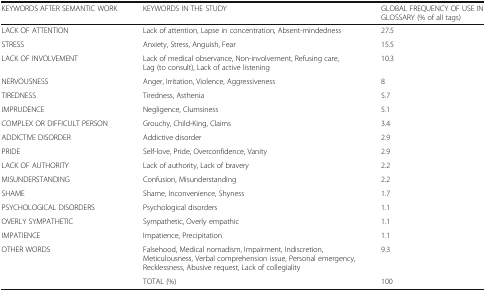
| KEYWORDS AFTER SEMANTIC WORK | KEYWORDS IN THE STUDY | GLOBAL FREQUENCY OF USE IN GLOSSARY (% of all tags) |
 | --- | --- | --- |
 | LACK OF ATTENTION | Lack of attention, Lapse in concentration, Absent-mindedness | 27.5 |
 | STRESS | Anxiety, Stress, Anguish, Fear | 15.5 |
 | LACK OF INVOLVEMENT | Lack of medical observance, Non-involvement, Refusing care, Lag (to consult), Lack of active listening | 10.3 |
 | NERVOUSNESS | Anger, Irritation, Violence, Aggressiveness | 8 |
 | TIREDNESS | Tiredness, Asthenia | 5.7 |
 | IMPRUDENCE | Negligence, Clumsiness | 5.1 |
 | COMPLEX OR DIFFICULT PERSON | Grouchy, Child-King, Claims | 3.4 |
 | ADDICTIVE DISORDER | Addictive disorder | 2.9 |
 | PRIDE | Self-love, Pride, Overconfidence, Vanity | 2.9 |
 | LACK OF AUTHORITY | Lack of authority, Lack of bravery | 2.2 |
 | MISUNDERSTANDING | Confusion, Misunderstanding | 2.2 |
 | SHAME | Shame, Inconvenience, Shyness | 1.7 |
 | PSYCHOLOGICAL DISORDERS | Psychological disorders | 1.1 |
 | OVERLY SYMPATHETIC | Sympathetic, Overly empathic | 1.1 |
 | IMPATIENCE | Impatience, Precipitation | 1.1 |
 | OTHER WORDS | Falsehood, Medical nomadism, Impairment, Indiscretion, Meticulousness, Verbal comprehension issue, Personal emergency, Recklessness, Abusive request, Lack of collegiality | 9.3 |
 |  | TOTAL (%) | 100 |